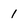
Character: 1